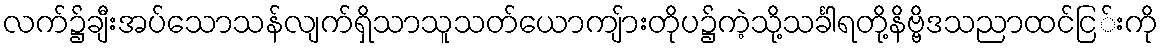
လက်၌ချီးအပ်သောသန်လျက်ရှိသာသူသတ်ယောကျ်ားတိုပ၌ကဲ့သို့သင်္ခါရတို့နိဗ္ဗိဒသညာထင်ငြ်းကို